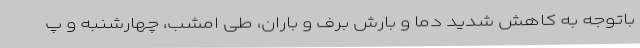
باتوجه به کاهش شدید دما و بارش برف و باران، طی امشب، چهارشنبه و پ